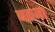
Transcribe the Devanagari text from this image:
बहजा